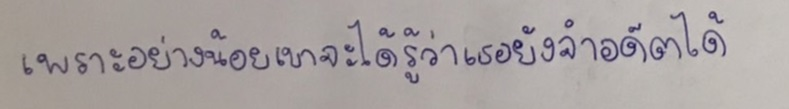
เพราะอย่างน้อยเขาจะได้รู้ว่าเธอยังจำอดีตได้!